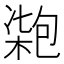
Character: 𠣺